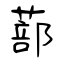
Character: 蔀